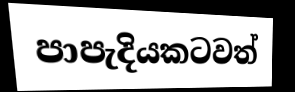
පාපැදියකටවත්